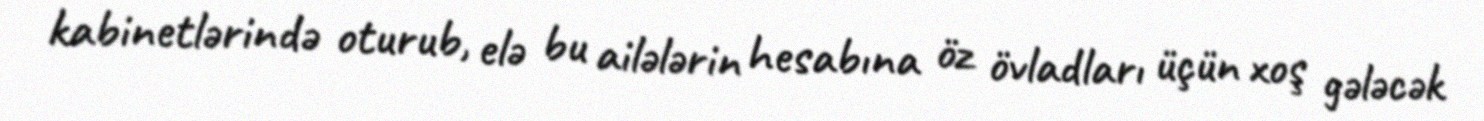
kabinetlərində oturub, elə bu ailələrin hesabına öz övladları üçün xoş gələcək